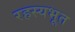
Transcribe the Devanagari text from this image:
रहस्यभूत